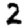
Digit: 2